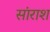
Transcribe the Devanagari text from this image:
सांराश